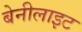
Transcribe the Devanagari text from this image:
बेनीलाइट